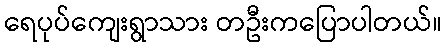
ရေပုပ်ကျေးရွာသား တဦးကပြောပါတယ်။